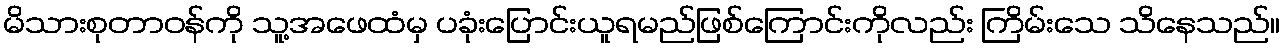
မိသားစုတာဝန်ကို သူ့အဖေထံမှ ပခုံးပြောင်းယူရမည်ဖြစ်ကြောင်းကိုလည်း ကြိမ်းသေ သိနေသည်။